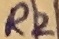
Text: R2